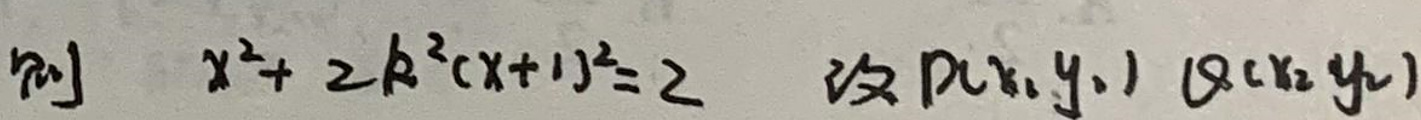
则\quad x^{2}+2k^{2}(x+1)^{2}=2 \quad 设P(x_1,y_1)B(x_2,y_2)